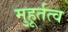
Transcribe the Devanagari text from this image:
मुहूर्तत्व